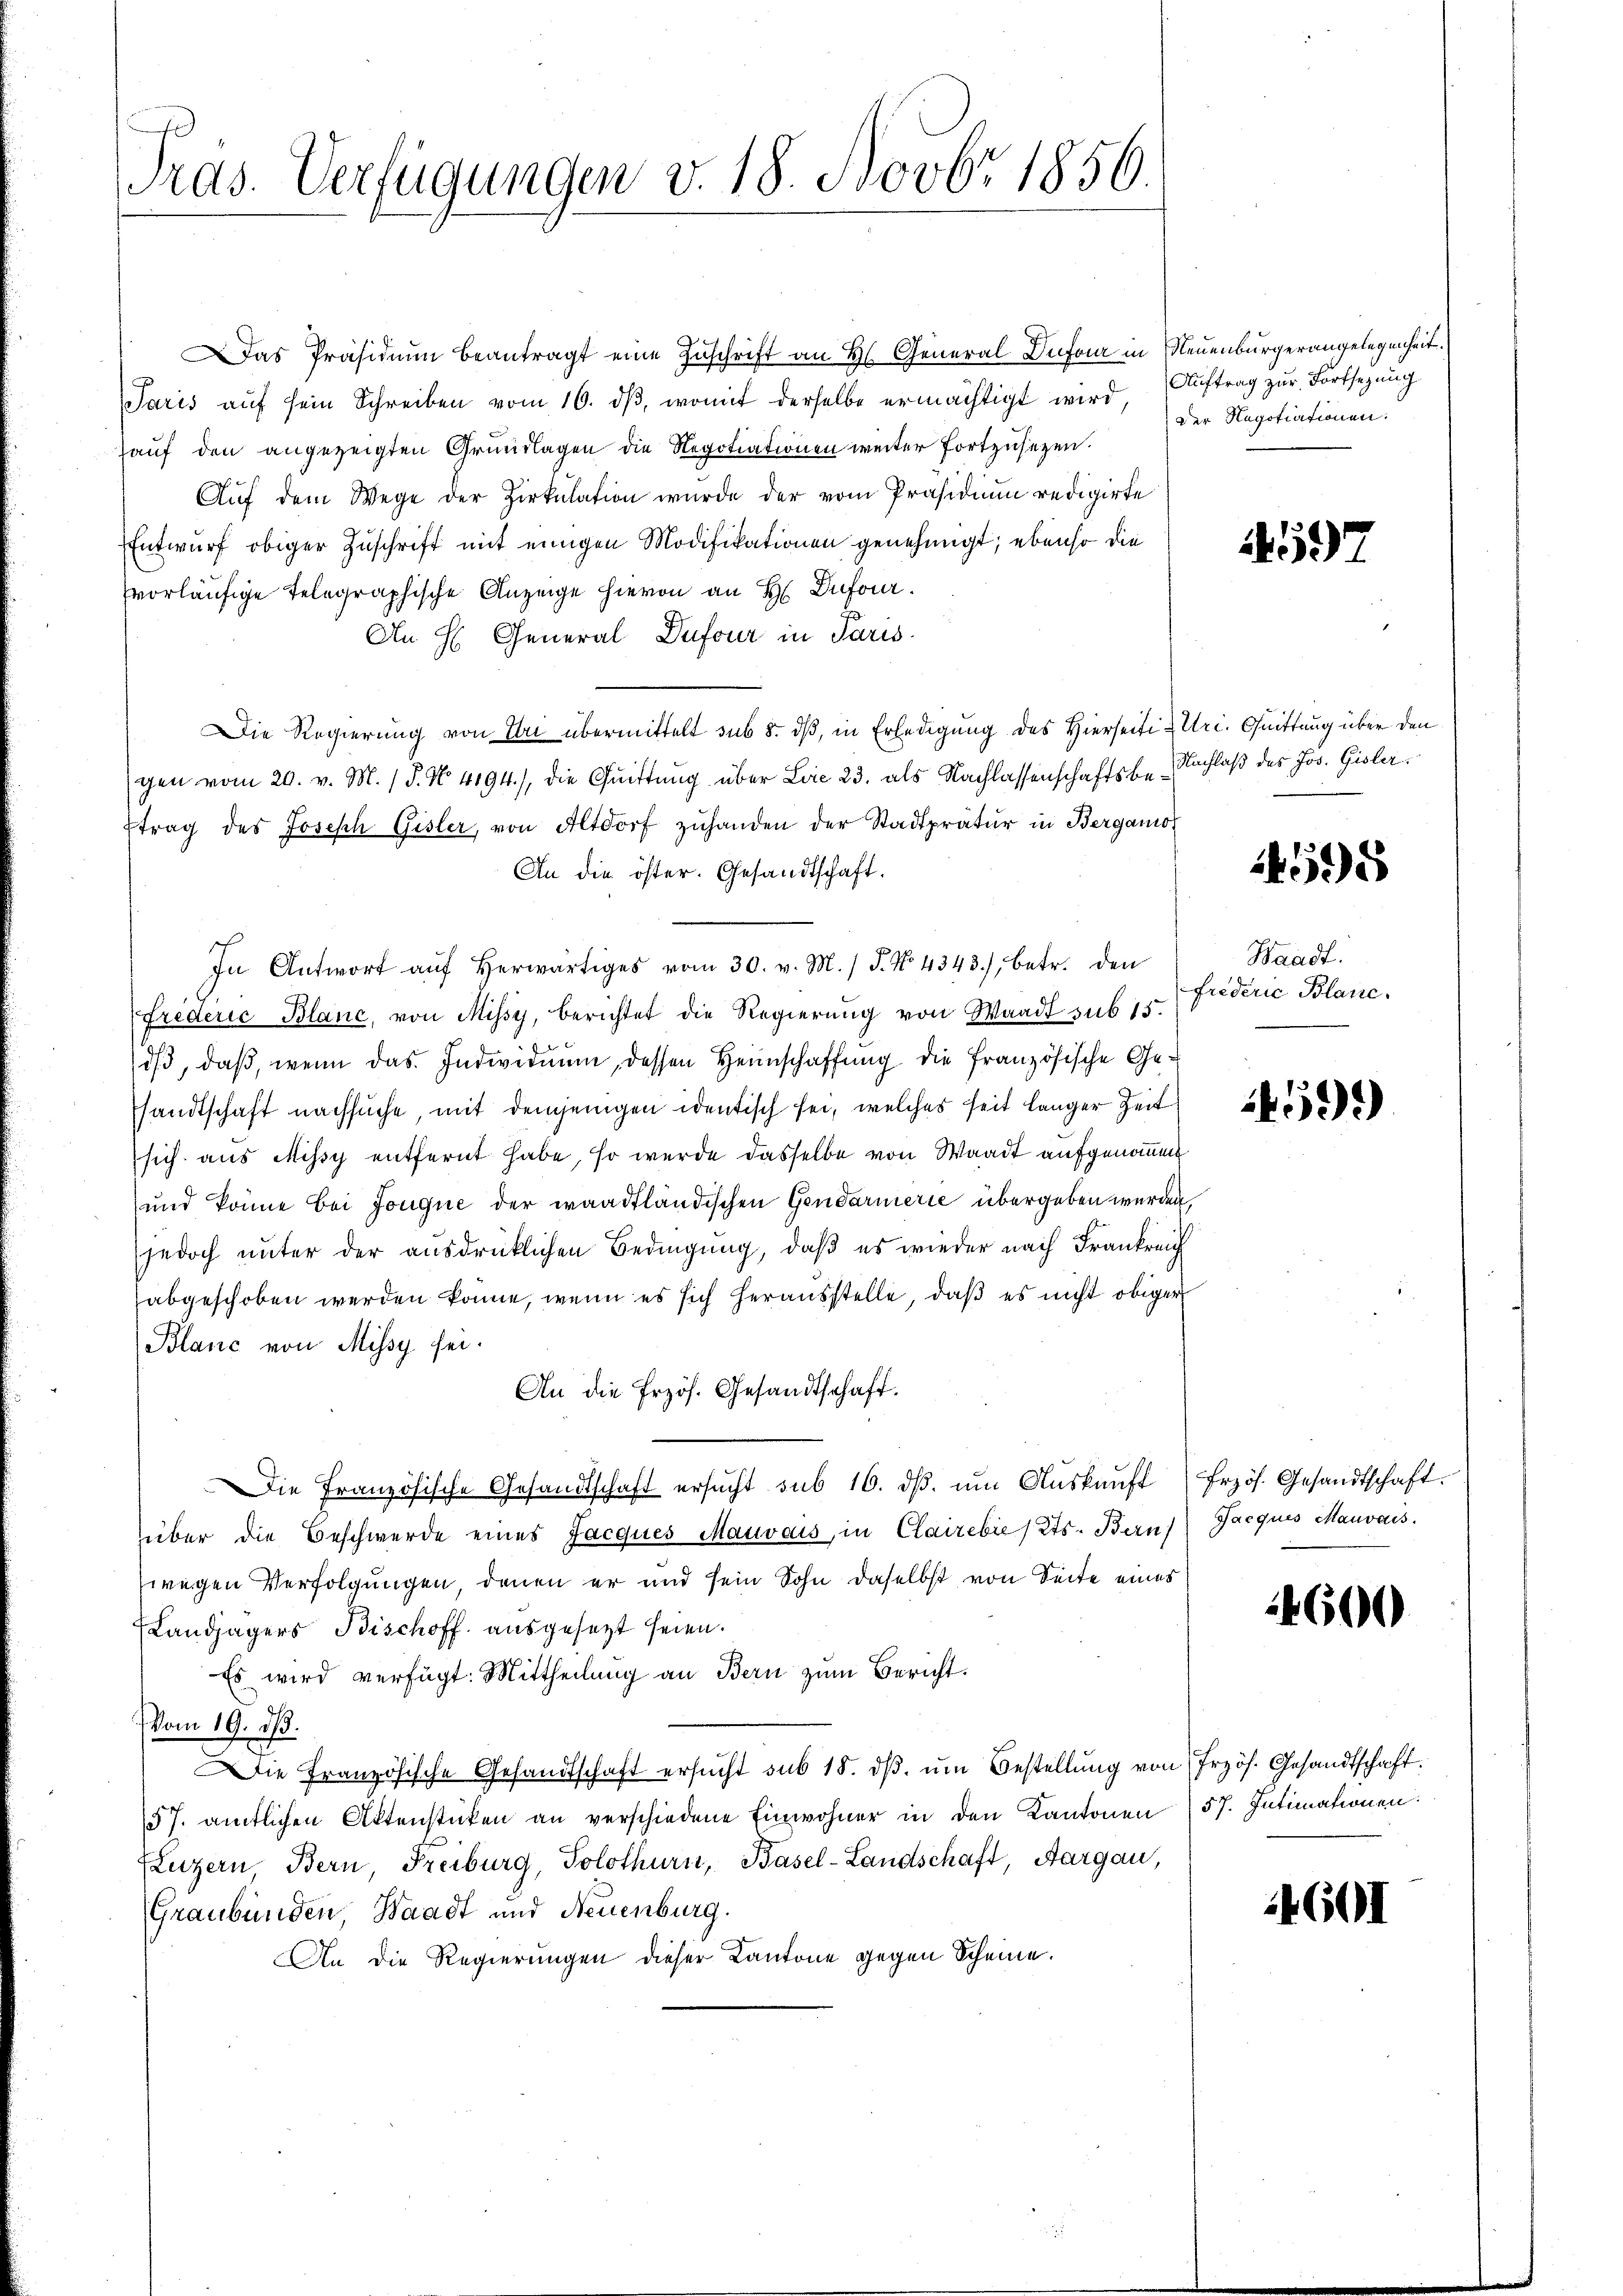
d
Tras. Verfügungen v. 18. Novbr. 1856.

Das Präsidium beantragt eine Zuschrift an Hs. General Dufour in Neuenburgerangelegenheit.
Paris auf sein Schreiben vom 16. dβ, womit derselbe ermächtigt wird, Auftrag zur Fortsezung
hauf den angezeigten Grundlagen die Regotiationen weiter fortzusetzen.
Aŭf dem Wege der Zirkŭlation wurde der vom Präsidium redigirte
Entwurf obiger Zuschrift mit einigen Modifikationen genehmigt; ebenso die
vorläufige Telegraphische Anzeige hievon an H. Dufour.
An H. General Dufour in Paris
Die Regierung von Uri übermittelt sub 5. dß, in Erledigung des Hierseiti Uri. Quittung über den
gen vom 20. v. M. / 5. No. 4194.), die Quittung über Laie 23. als Nachlassenschaftsbetrag des Joseph Gisler, von Altdorf zŭhanden der Stadtprätŭr in Bergano
An die öster. Gesandtschaft.
In Antwort aŭf herwärtiges vom 30. v. M. / 5. No 4343), betr. den
frederic Blanc, von Missy, berichtet die Regierung von Waadt sub 15.
iβ, daβ, wenn das Individuum, dessen Heimschaffung die französische Ge-
sandtschaft nachsuche, mit demjenigen identisch sei, welches seit länger Zeit
sich aus Missy entfernt habe, so wurde dasselbe von Waadt aufgenommen
und könne bei Jouque der waadtländischen Gendarmerie übergeben werden,
jedoch unter der ausdrücklichen Bedingung, daß es wieder nach Frankreich
abgeschoben werden könne, wenn es sich herausstelle, daß es nicht obiger
Blanc von Missy sei.
An die Przös. Gesandtschaft.
Die Französische Gesandtschaft ersŭcht sub 16. dβ. ŭm Aŭskaŭft frzös. Gesandtschaft.
über die Beschwerde eines Jacques Mauvais, in Clairebie / Kts. Bern) Jacques Mauvais.
wegen Verfolgungen, denen er und sein Sohn daselbst von Seite eines
Landjägers Bischoff ausgesetzt seien.
Es wird verfügt: Mittheilung an Bern zum Bericht.
Vom 19. dβ.
Die Französische Gesandtschaft ersucht sub 15. dβ ŭm Bestellung von Frzös. Gesandtschaft
57. amtlichen Aktenstücken an verschiedene Einwohner in den Kantonen) 57. Intimationen:
(Luzern Bern, Freiburg, Solothurn, Basel-Landschaft, Aargau,
Graubünden, Waadt und Neuenburg.
An die Regierungen dieser Kantone gegen Scheine.

Der Negotiationen.

597

Nachlaß des Jos. Gisler.

498

Waadt.
friderie Blanc.

459)

4600

4601